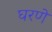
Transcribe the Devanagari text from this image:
घरणे